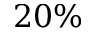
2 0 \%